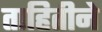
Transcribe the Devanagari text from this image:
ताहितीने